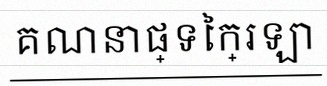
គណនាផ្ទៃក្រឡា